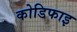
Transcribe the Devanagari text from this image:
कोडिफाइ